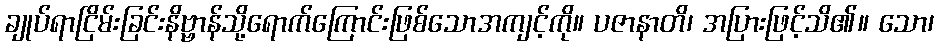
ချုပ်ရာငြိမ်းခြင်းနိဗ္ဗာန်သို့ရောက်ကြောင်းဖြစ်သောအကျင့်ကို။ ပဇာနာတိ၊ အပြားဖြင့်သိ၏။ သော၊